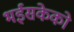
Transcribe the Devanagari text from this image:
भईसकेको